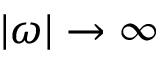
| \omega | \to \infty